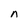
Character: n